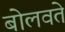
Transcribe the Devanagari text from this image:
बोलवते